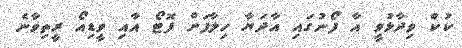
ކުކް ވިދާޅުވީ އާ ފޯނުގައި އާދަޔާ ހިލާފަށް ފޮޓޯ އާއި ވީޑިއޯ ރީތިވާނެ